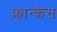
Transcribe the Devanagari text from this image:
फ्रान्कैस